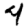
Digit: 4